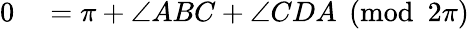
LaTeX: \begin{array}{rl}{0}&{{}=\pi+\angle ABC+\angle CDA{\pmod{2\pi}}}\end{array}